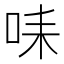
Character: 𠱤